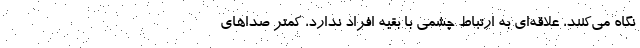
نگاه می‌کنند، علاقه‌ای به ارتباط چشمی با بقیه افراد ندارد، کمتر صداهای